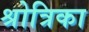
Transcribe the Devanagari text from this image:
श्रोत्रिका